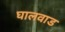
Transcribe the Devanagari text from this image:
घालवाड